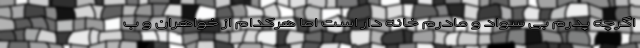
اگرچه پدرم بی سواد و مادرم خانه دار است اما هرکدام از خواهران و ب